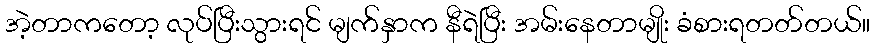
အဲ့တာကတော့ လုပ်ပြီးသွားရင် မျက်နှာက နီရဲပြီး အမ်းနေတာမျိုး ခံစားရတတ်တယ်။